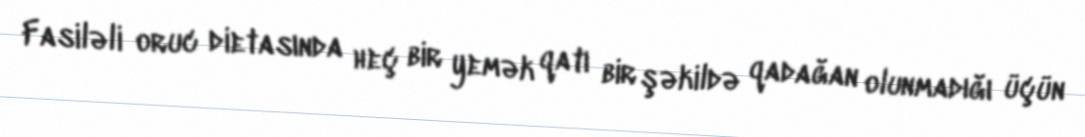
Fasiləli oruc dietasında heç bir yemək qatı bir şəkildə qadağan olunmadığı üçün